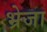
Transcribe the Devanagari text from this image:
भ्रेजा